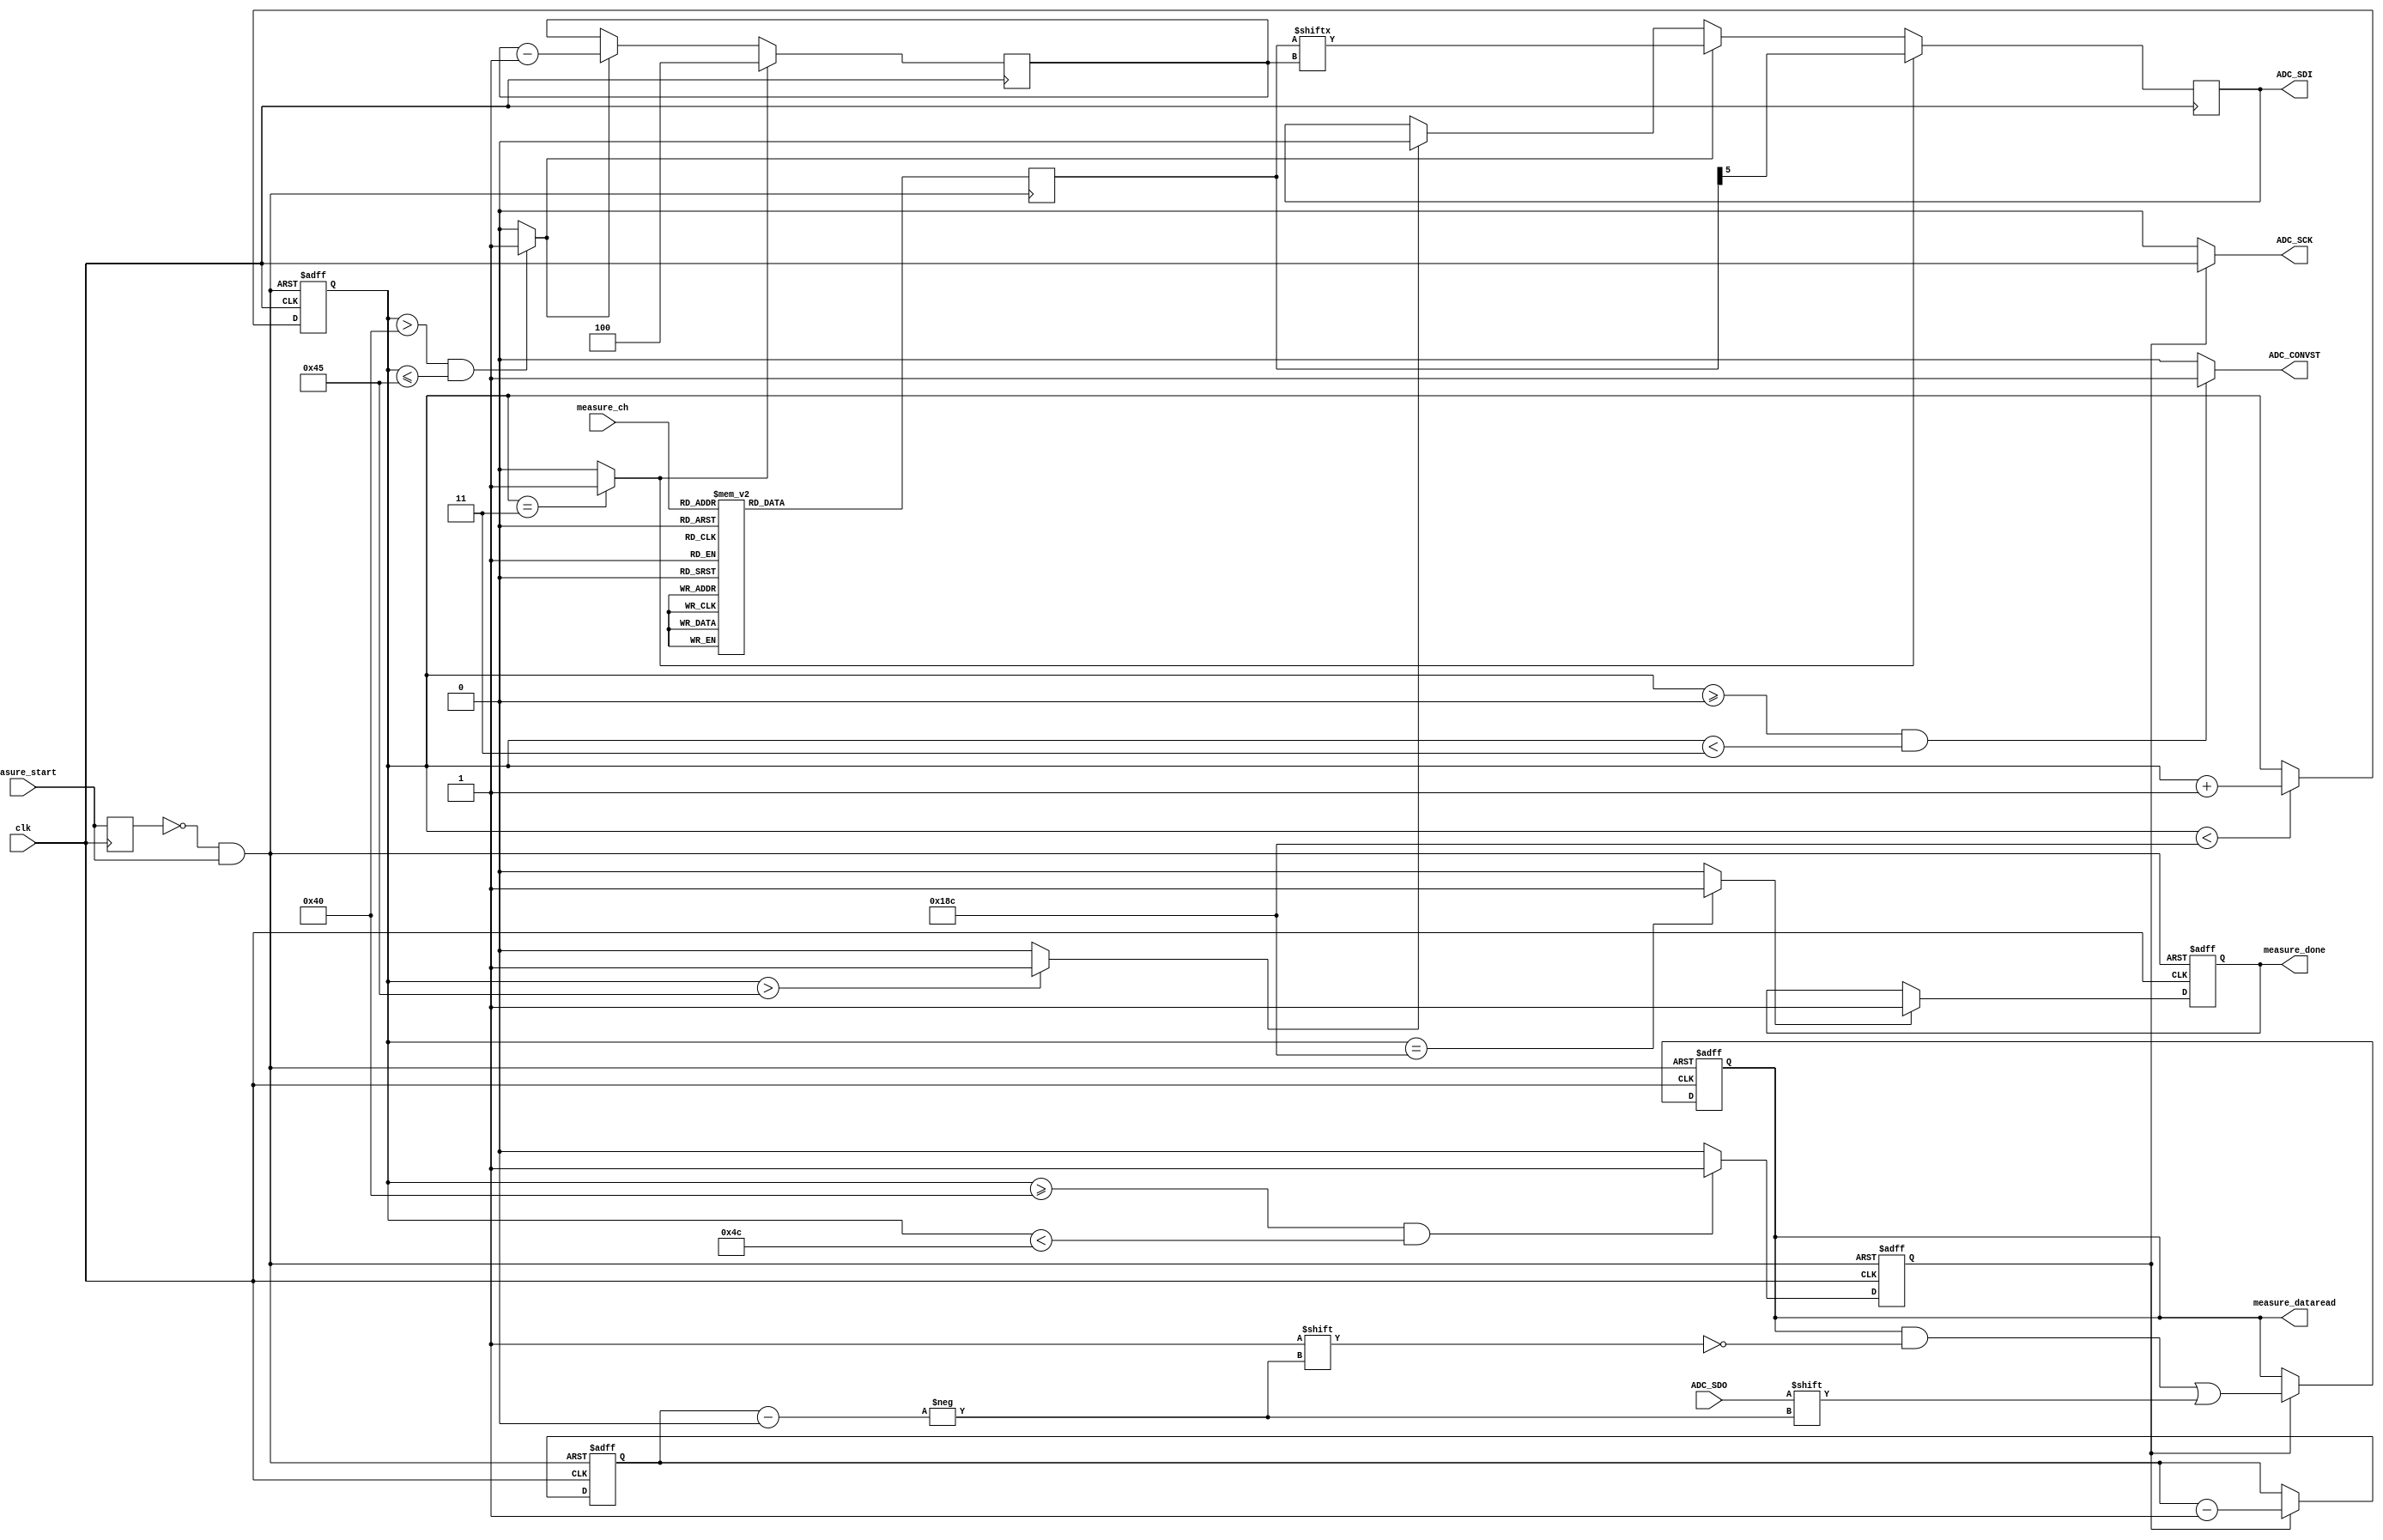
module adc_ltc2308(
	clk, // max 40mhz
	
	// start measure
	measure_start, // posedge triggle
	measure_ch,
	measure_done,
	measure_dataread,
	
	// adc interface
	ADC_CONVST,
	ADC_SCK,
	ADC_SDI,
	ADC_SDO 
);

input								clk;

// start measure
input								measure_start;
input		[2:0]					measure_ch;
output	reg					measure_done;
output	[11:0]				measure_dataread;



output		          		ADC_CONVST;
output		          		ADC_SCK;
output	reg          		ADC_SDI;
input 		          		ADC_SDO;


/////////////////////////////////
// Timing definition 

// using 40MHz clock
// to acheive fsample = 500KHz
// ntcyc = 2us / 25ns  = 80



`define DATA_BITS_NUM		12
`define CMD_BITS_NUM			6
`define CH_NUM					8

`define tWHCONV            3   // CONVST High Time, min 20 ns
`define tCONV     			64 //52  // tCONV: type 1.3 us, MAX 1.6 us, 1600/25(assumed clk is 40mhz)=64  -> 1.3us/25ns = 52
                              // set 64 for suite for 1.6 us max
//                         +12 //data

`define tHCONVST           320 // 12  // here set 320 fsample = 100KHz for if ADC input impedance is high, see below  
                                // If the source impedance of the driving circuit is low, the ADC inputs can be driven directly.
                                //Otherwise, more acquisition time should be allowed for a source with higher impedance.

										  // for acheiving 500KHz  fmax. set n cyc = 80.
`define tCONVST_HIGH_START	0 	
`define tCONVST_HIGH_END  	(`tCONVST_HIGH_START+`tWHCONV) 

`define tCONFIG_START		(`tCONVST_HIGH_END) 	
`define tCONFIG_END  		(`tCLK_START+`CMD_BITS_NUM - 1) 	

`define tCLK_START 			(`tCONVST_HIGH_START+`tCONV)
`define tCLK_END 	   		(`tCLK_START+`DATA_BITS_NUM)

`define tDONE 	   			(`tCLK_END+`tHCONVST)

// create triggle message: reset_n
reg pre_measure_start;
always @ (posedge clk)	
begin
	pre_measure_start <= measure_start;
end

wire reset_n;
assign reset_n = (~pre_measure_start & measure_start)?1'b0:1'b1;

// tick
reg [15:0] tick;	
always @ (posedge clk or negedge reset_n)	
begin
	if (~reset_n)
		tick <= 0;
	else if (tick < `tDONE)
		tick <= tick + 1;
end


/////////////////////////////////
// ADC_CONVST 
assign ADC_CONVST = (tick >= `tCONVST_HIGH_START && tick < `tCONVST_HIGH_END)?1'b1:1'b0;

/////////////////////////////////
// ADC_SCK 

reg clk_enable; // must sync to clk in clk low
always @ (negedge clk or negedge reset_n)	 
begin
	if (~reset_n)
		clk_enable <= 1'b0;
	else if ((tick >= `tCLK_START && tick < `tCLK_END))
		clk_enable <= 1'b1;
	else
		clk_enable <= 1'b0;
end

assign ADC_SCK = clk_enable?clk:1'b0;


///////////////////////////////
// read data
reg [(`DATA_BITS_NUM-1):0] read_data;
reg [3:0] write_pos;



assign measure_dataread = read_data;

always @ (negedge clk or negedge reset_n)	
begin
	if (~reset_n)
	begin
		read_data <= 0;
		write_pos <= `DATA_BITS_NUM-1;
	end
	else if (clk_enable)
	begin
		read_data[write_pos] <= ADC_SDO;
		write_pos <= write_pos - 1;
	end
end

///////////////////////////////
// measure done
wire read_ch_done;

assign read_ch_done = (tick == `tDONE)?1'b1:1'b0;

always @ (posedge clk or negedge reset_n)	
begin
	if (~reset_n)
		measure_done <= 1'b0;
	else if (read_ch_done)
		measure_done <= 1'b1;
end

///////////////////////////////
// adc channel config

// pre-build config command
reg [(`CMD_BITS_NUM-1):0] config_cmd;


`define UNI_MODE		1'b1   //1: Unipolar, 0:Bipolar
`define SLP_MODE		1'b0   //1: enable sleep

always @(negedge reset_n)
begin
	if (~reset_n)
	begin
		case (measure_ch)
			0 : config_cmd <= {4'h8, `UNI_MODE, `SLP_MODE}; 
			1 : config_cmd <= {4'hC, `UNI_MODE, `SLP_MODE}; 
			2 : config_cmd <= {4'h9, `UNI_MODE, `SLP_MODE}; 
			3 : config_cmd <= {4'hD, `UNI_MODE, `SLP_MODE}; 
			4 : config_cmd <= {4'hA, `UNI_MODE, `SLP_MODE}; 
			5 : config_cmd <= {4'hE, `UNI_MODE, `SLP_MODE}; 
			6 : config_cmd <= {4'hB, `UNI_MODE, `SLP_MODE}; 
			7 : config_cmd <= {4'hF, `UNI_MODE, `SLP_MODE}; 
			default : config_cmd <= {4'hF, 2'b00}; 
		endcase
	end
end

// serial config command to adc chip
wire config_init;
wire config_enable;
wire config_done;
reg [2:0] sdi_index;

assign config_init = (tick == `tCONFIG_START)?1'b1:1'b0;	
assign config_enable = (tick > `tCLK_START && tick <= `tCONFIG_END)?1'b1:1'b0;	// > because this is negative edge triggle
assign config_done = (tick > `tCONFIG_END)?1'b1:1'b0;	
always @(negedge clk)	
begin
	if (config_init)
	begin
		ADC_SDI <= config_cmd[`CMD_BITS_NUM-1];
		sdi_index <= `CMD_BITS_NUM-2;
	end
	else if (config_enable)
	begin
		ADC_SDI <= config_cmd[sdi_index];
		sdi_index <= sdi_index - 1;
	end
	else if (config_done)
		ADC_SDI <= 1'b0; //
end




endmodule